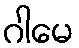
ဂါမေ